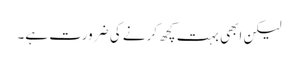
لیکن ابھی بہت کچھ کرنے کی ضرورت ہے۔